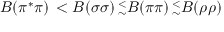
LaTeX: B ( \pi ^ { \ast } \pi ) \, < B ( \sigma \sigma ) \, _ { \sim } ^ { < } B ( \pi \pi ) \, _ { \sim } ^ { < } B ( \rho \rho )